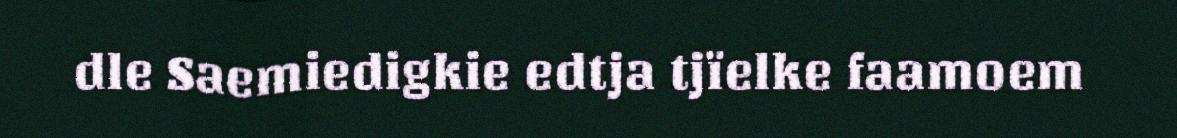
dle Saemiedigkie edtja tjïelke faamoem